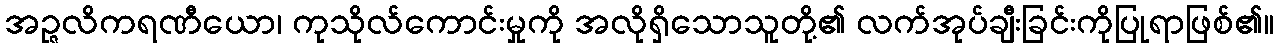
အဉ္ဇလိကရဏီယော၊ ကုသိုလ်ကောင်းမှုကို အလိုရှိသောသူတို့၏ လက်အုပ်ချီးခြင်းကိုပြုရာဖြစ်၏။